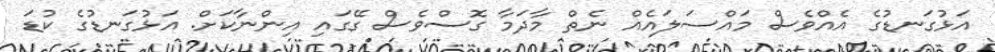
އަޅުގަނޑުގެ އެއްވެސް މައްސަލައެއް ނެތް މާދަމާ ގޮސްވެސް ގޭގައި އިންނާކަށް. އަޅުގަނޑުގެ ކުޑަ